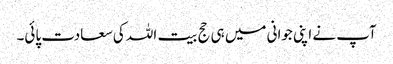
آپ نے اپنی جوانی میں ہی حج بیت اللہ کی سعادت پائی۔